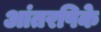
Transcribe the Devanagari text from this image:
आंतरपिके